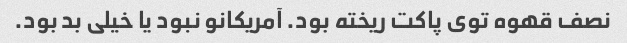
نصف قهوه توی پاکت ریخته بود. آمریکانو نبود یا خیلی بد بود.